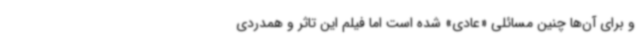
و برای آن‌ها چنین مسائلی «عادی» شده است اما فیلم این تاثر و همدردی